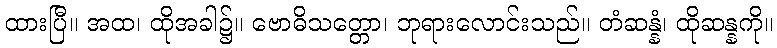
ထားပြီ။ အထ၊ ထိုအခါ၌။ ဗောဓိသတ္တော၊ ဘုရားလောင်းသည်။ တံဆန္နံ၊ ထိုဆန္နကို။